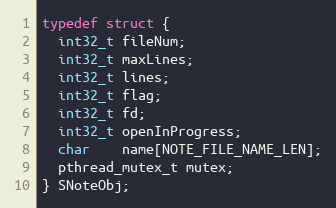
Language: C
typedef struct {
  int32_t fileNum;
  int32_t maxLines;
  int32_t lines;
  int32_t flag;
  int32_t fd;
  int32_t openInProgress;
  char    name[NOTE_FILE_NAME_LEN];
  pthread_mutex_t mutex;
} SNoteObj;